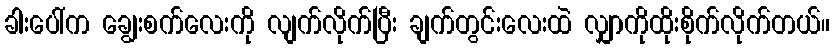
ခါးပေါ်က ချွေးစက်လေးကို လျက်လိုက်ပြီး ချက်တွင်းလေးထဲ လျှာကိုထိုးစိုက်လိုက်တယ်။